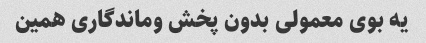
یه بوی معمولی بدون پخش وماندگاری همین